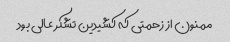
ممنون از زحمتی که کشیدین تشکر عالی بود